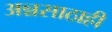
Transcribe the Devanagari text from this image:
अन्नसाठाही